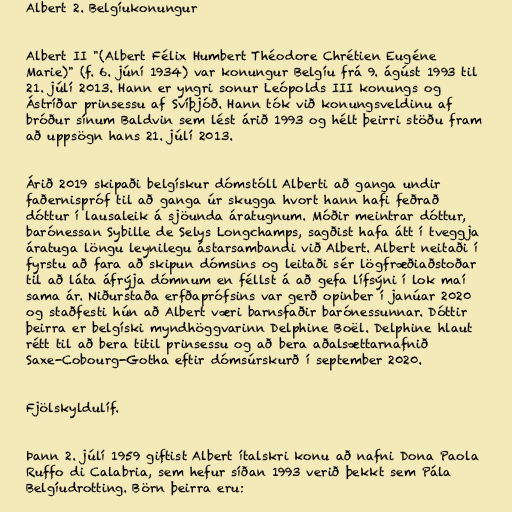
Albert 2. Belgíukonungur

Albert II "(Albert Félix Humbert Théodore Chrétien Eugéne
Marie)" (f. 6. júní 1934) var konungur Belgíu frá 9. ágúst 1993 til
21. júlí 2013. Hann er yngri sonur Leópolds III konungs og
Ástríðar prinsessu af Svíþjóð. Hann tók við konungsveldinu af
bróður sínum Baldvin sem lést árið 1993 og hélt þeirri stöðu fram
að uppsögn hans 21. júlí 2013.

Árið 2019 skipaði belgískur dómstóll Alberti að ganga undir
faðernispróf til að ganga úr skugga hvort hann hafi feðrað
dóttur í lausaleik á sjöunda áratugnum. Móðir meintrar dóttur,
barónessan Sybille de Selys Longchamps, sagðist hafa átt í tveggja
áratuga löngu leynilegu ástarsambandi við Albert. Albert neitaði í
fyrstu að fara að skipun dómsins og leitaði sér lögfræðiaðstoðar
til að láta áfrýja dómnum en féllst á að gefa lífsýni í lok maí
sama ár. Niðurstaða erfðaprófsins var gerð opinber í janúar 2020
og staðfesti hún að Albert væri barnsfaðir barónessunnar. Dóttir
þeirra er belgíski myndhöggvarinn Delphine Boël. Delphine hlaut
rétt til að bera titil prinsessu og að bera aðalsættarnafnið
Saxe-Cobourg-Gotha eftir dómsúrskurð í september 2020.

Fjölskyldulíf.

Þann 2. júlí 1959 giftist Albert ítalskri konu að nafni Dona Paola
Ruffo di Calabria, sem hefur síðan 1993 verið þekkt sem Pála
Belgíudrotting. Börn þeirra eru: